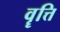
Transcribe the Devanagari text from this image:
वॄत्ति